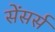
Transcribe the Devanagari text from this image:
सेंसर्स